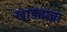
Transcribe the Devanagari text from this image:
खाड्यांचा